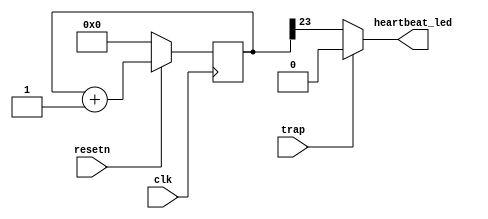
module heartbeat #(
    parameter DIVIDE = 24
)
(
    input clk,
    input resetn,

    input trap,

    output heartbeat_led
);

reg [DIVIDE-1:0] counter;

always @(posedge clk) begin
    if(!resetn)
        counter = 0;
    else
        counter = counter + 1;
end

assign heartbeat_led = trap ? 1'b0 : counter[DIVIDE-1];

endmodule